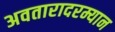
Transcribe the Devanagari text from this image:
अवतारादरम्यान